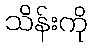
သိန်းကို